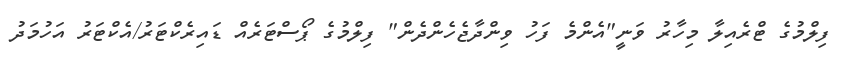
ފިލްމުގެ ޓްރެއިލާ މިހާރު ވަނީ"އެންމެ ފަހު ވިންދާޖެހެންދެން" ފިލްމުގެ ޕޯސްޓަރެއް ޑައިރެކްޓަރު/އެކްޓަރު އަހުމަދު